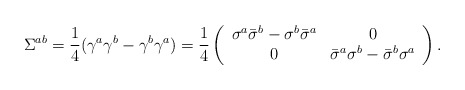
\begin{align*}\Sigma^{ab}= \frac{1}{4} (\gamma^a \gamma^b - \gamma^b \gamma ^a)=\frac{1}{4}\left( \begin{array}{cc}\sigma^a \bar\sigma^b - \sigma^b \bar\sigma^a & 0 \\0&\bar\sigma^a \sigma^b - \bar\sigma^b \sigma^a\end{array} \right).\end{align*}